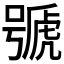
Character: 𱿒